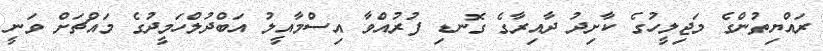
ރައްޔިތުންގެ މަޖިލީހުގެ ކާށިދު ދާއިރާގެ ގޮނޑި ފުރުއްވާ އިސްމާއީލު އަބްދުލްހަމީދުގެ މައްޗަށް ވަނީ